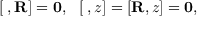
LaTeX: \left[ { \bf \rho } , { \bf R } \right] = { \bf 0 } , \ \ \left[ { \bf \rho } , z \right] = \left[ { \bf R } , z \right] = { \bf 0 } ,